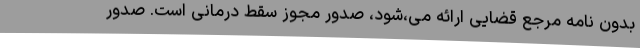
بدون نامه مرجع قضایی ارائه می،شود، صدور مجوز سقط درمانی است. صدور